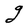
Character: g